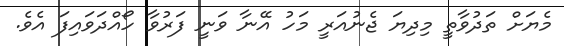
މެޔަށް ތަދުވާތީ މިދިޔަ ޖެނުއަރީ މަހު އޭނާ ވަނީ ފަރުވާ ހޯއްދަވައިފަ އެވެ.